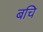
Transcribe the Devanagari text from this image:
बचि